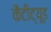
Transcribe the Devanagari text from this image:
कैटीट्यूड